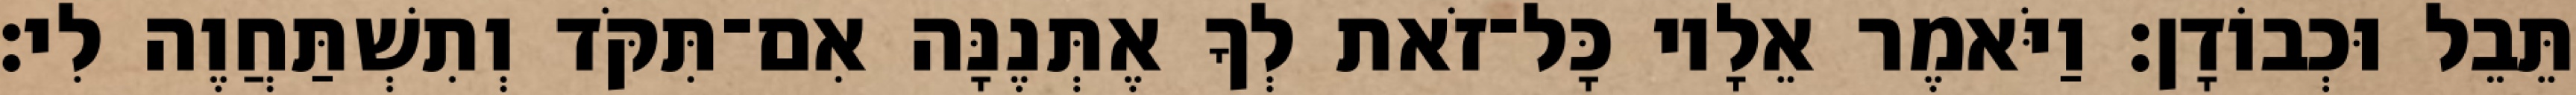
תֵּבֵל וּכְבוֹדָן׃ וַיֹּאמֶר אֵלָיו כָּל־זֹאת לְךָ אֶתְּנֶנָּה אִם־תִּקֹּד וְתִשְׁתַּחֲוֶה לִי׃